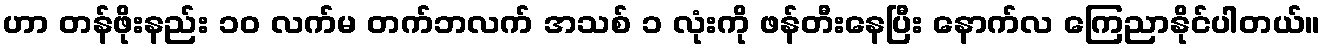
ဟာ တန်ဖိုးနည်း ၁၀ လက်မ တက်ဘလက် အသစ် ၁ လုံးကို ဖန်တီးနေပြီး နောက်လ ကြေညာနိုင်ပါတယ်။